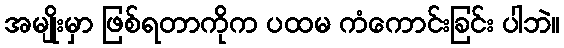
အမျိုးမှာ ဖြစ်ရတာကိုက ပထမ ကံကောင်းခြင်း ပါဘဲ။